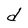
Character: d